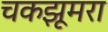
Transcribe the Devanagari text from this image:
चकझूमरा